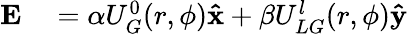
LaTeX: \begin{array}{rl}{\mathbf{E}}&{{}=\alpha U_{G}^{0}(r,\phi)\mathbf{\hat{x}}+\beta U_{LG}^{l}(r,\phi)\mathbf{\hat{y}}}\end{array}